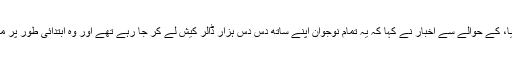
انٹیلی جنس حکام جن کا نام ظاہر نہیں کیا گیا، کے حوالے سے اخبار نے کہا کہ یہ تمام نوجوان اپنے ساتھ دس دس ہزار ڈالر کیش لے کر جا رہے تھے اور وہ ابتدائی طور پر ملائیشیا کا سفر کرنے کا ارادہ رکھتے تھے۔